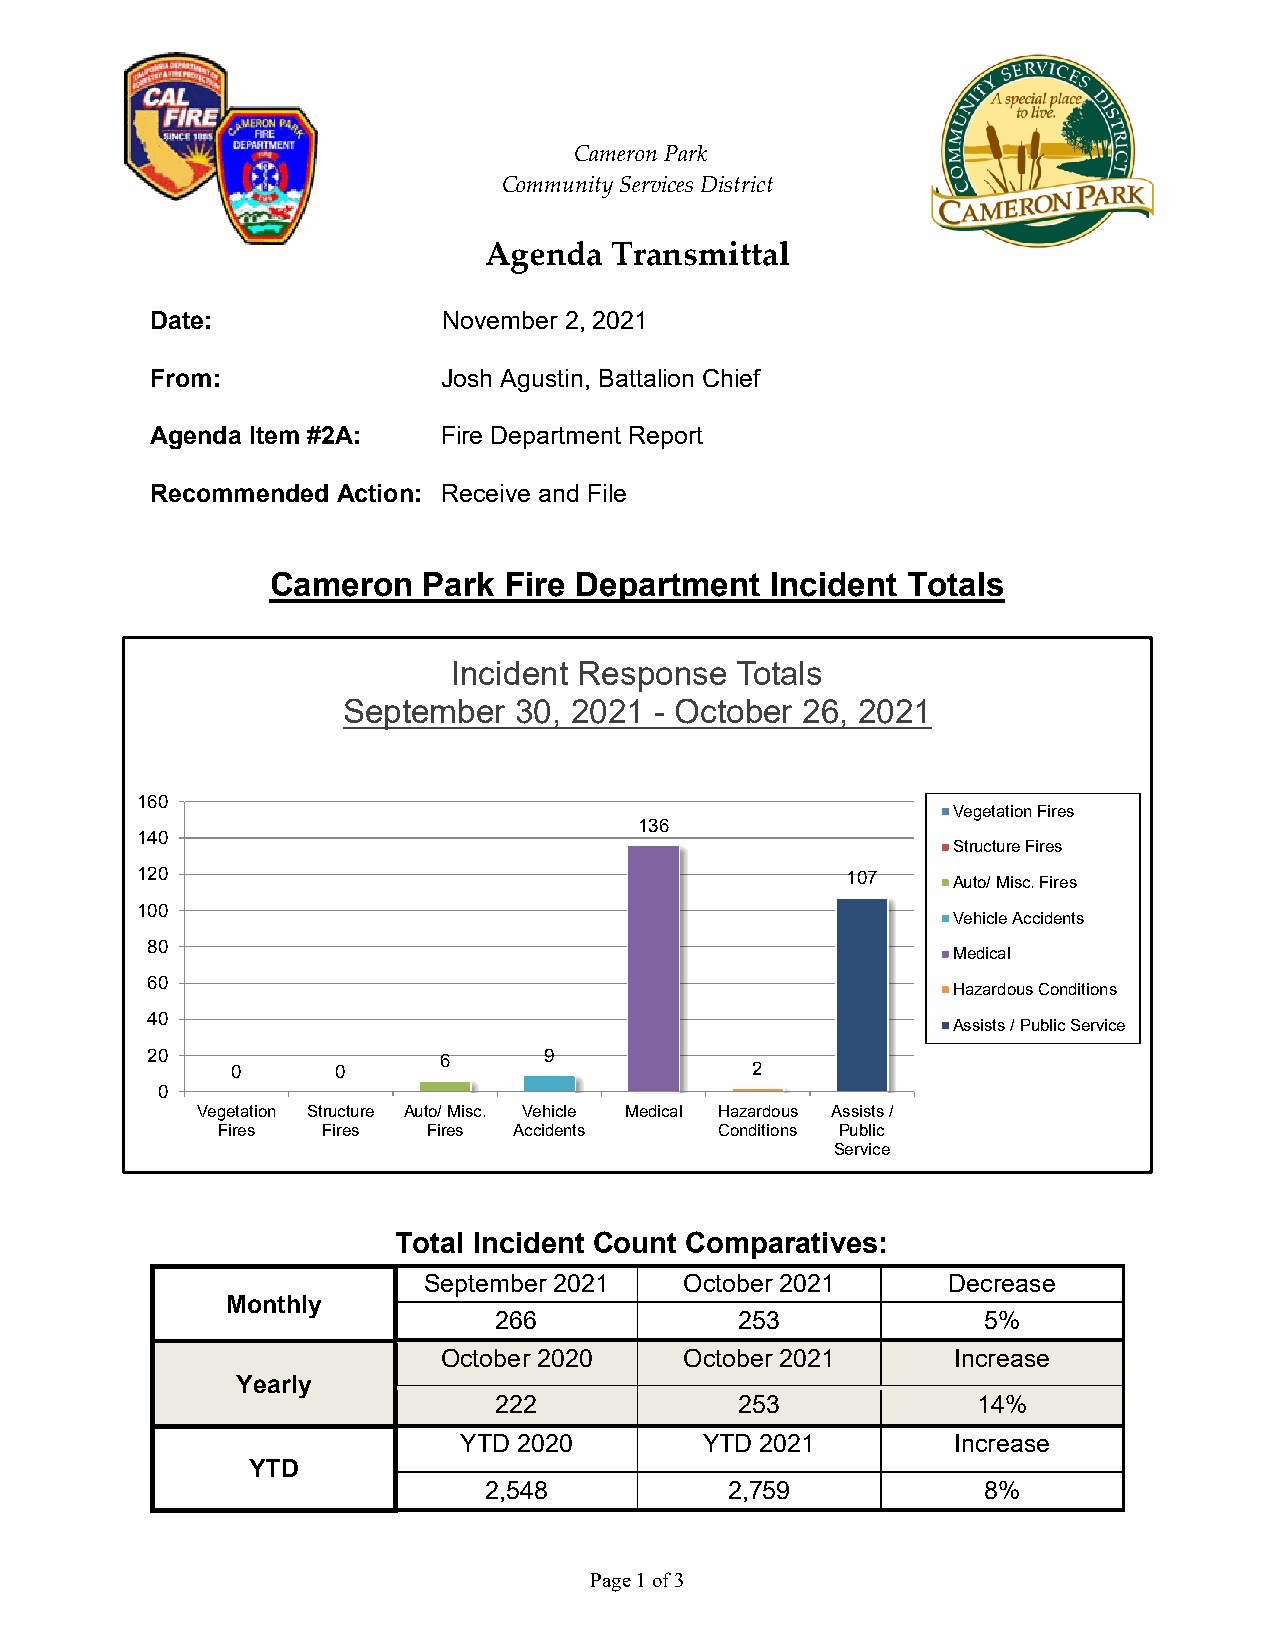
Cameron Park
 Community Services District
 Agenda  Transmittal
 Date:              November 2, 2021
 From:              Josh Agustin, Battalion Chief
 Agenda Item #2A:   Fire Department Report
 Recommended Action: Receive and File
 Cameron   Park Fire Department   Incident Totals
 Incident Response  Totals
 September  30, 2021 - October 26, 2021
 160
 Vegetation Fires
 136
 140
 Structure Fires
 120                                            107    Auto/ Misc. Fires
 100
 Vehicle Accidents
 80
 Medical
 60
 Hazardous Conditions
 40
 Assists / Public Service
 20                 6      9
 0      0                           2
 0
 Vegetation Structure Auto/ Misc. Vehicle Medical Hazardous Assists /
 Fires  Fires  Fires Accidents     Conditions Public
 Service
 Total Incident Count Comparatives:
 September 2021   October 2021      Decrease
 Monthly
 266             253             5%
 October 2020    October 2021      Increase
 Yearly
 222             253             14%
 YTD 2020         YTD 2021        Increase
 YTD
 2,548           2,759            8%
 Page 1 of 3